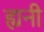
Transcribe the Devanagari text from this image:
ह्यनी